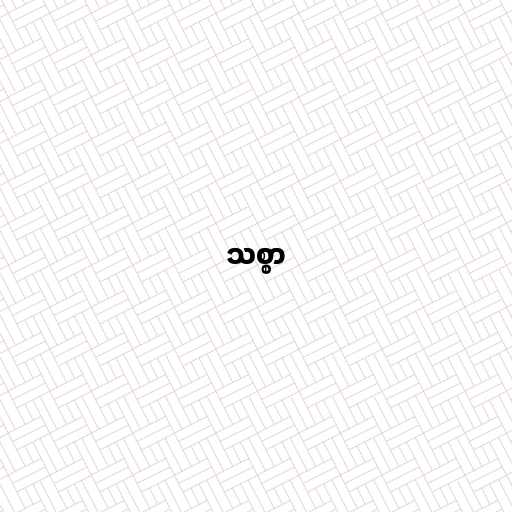
သစ္စာ